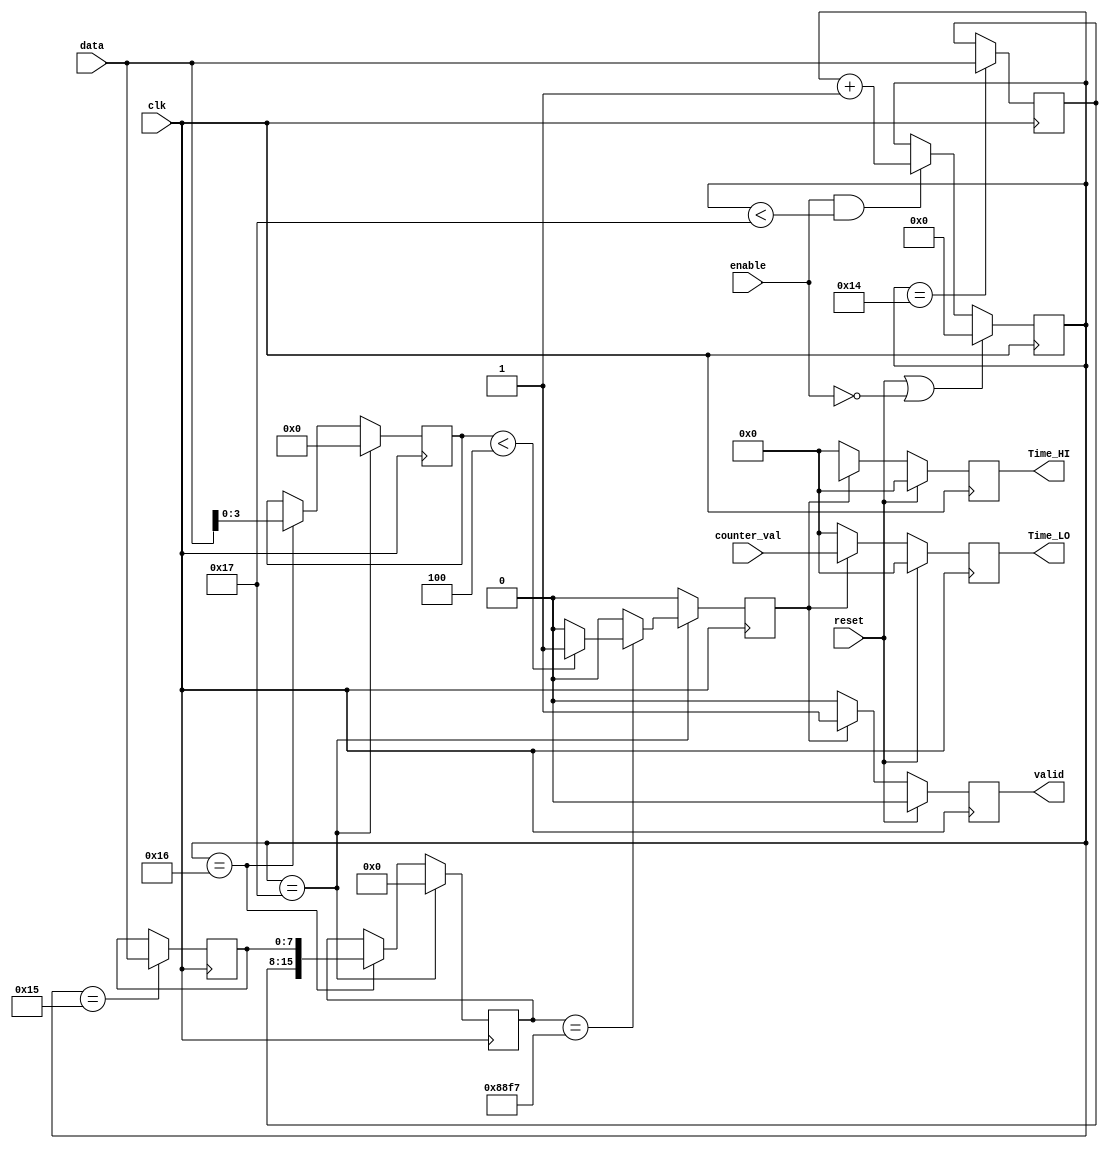
///////////////////////////////////////////////////////////////////////////////
// vim:set shiftwidth=3 softtabstop=3 expandtab:
// $Id: mac_grp_time_stamp.v 3684 2008-05-05 06:55:10Z grg $
//
// Module: mac_grp_time_stamp.v
// Project: NetFPGA Rev 2.1
// Description: Module that performs time stamping on received packets
//
///////////////////////////////////////////////////////////////////////////////

  module mac_grp_time_stamp
    #(parameter DATA_WIDTH = 64,
      parameter CTRL_WIDTH=DATA_WIDTH/8,
      parameter ENABLE_HEADER = 0,
      parameter STAGE_NUMBER = 'hff,
      parameter PORT_NUMBER = 0,
      parameter COUNTER_WIDTH = 32
      )


   (// RX packet
    input [7:0]                      data,
    input                            enable,

    input [COUNTER_WIDTH-1:0]        counter_val,


    // output time stamps
    output reg [31:0]                Time_HI,
    output reg [31:0]                Time_LO,
    output reg                       valid,


    // misc
    input                            reset,
    input                            clk
    );


   reg 				     valid_ptp;
   reg [6:0] 			     byte_counter;
   reg [7:0] 			     eth_lo, eth_hi;
   reg [15:0] 			     eth_type;
   reg [3:0] 			     first_byte_header;

   localparam eth_loc = 23;



   always @(posedge clk)
     begin
	if (reset) begin
	   Time_HI <= 0;
	   Time_LO <= 0;
	   valid <= 0;
	end
	else begin
	   if (valid_ptp) begin
	      Time_HI <= counter_val[63:32];
	      Time_LO <= counter_val[31:0];
	      valid <= 1;
	   end
	   else
	     begin
		Time_HI <= 0;
		Time_LO <= 0;
		valid <= 0;
	     end
	end // else: !if(reset)
     end // always


   always @(posedge clk)
     begin
	if (reset || !enable)
	  byte_counter <= 0;
	else if(enable && byte_counter < eth_loc)
	  byte_counter <= byte_counter + 1;
	else
	  byte_counter <= byte_counter;


     end

    always @(posedge clk)
      begin

	  if (byte_counter == eth_loc-3)
	    eth_lo <= data;
	  else
	    eth_lo <= eth_lo;

	  if (byte_counter == eth_loc-2)
	    eth_hi <= data;
	  else
	    eth_hi <= eth_hi;

	  if (byte_counter == eth_loc-1)
	    begin
	       first_byte_header <= data;
	       eth_type <= {eth_lo, eth_hi};
	    end

	  if (byte_counter == eth_loc)
	    begin
	    if (eth_type == 'h88F7)
	      begin
		 if(first_byte_header[3:0] < 4)
		   valid_ptp = 1;
		 else
		   valid_ptp = 0;
	      end
	    else
	      valid_ptp = 0;
	       first_byte_header <= 0;
	       eth_type <= 0;
	    end
	  else
	    valid_ptp = 0;



       end // always @ (*)




endmodule // mac_grp_time_stamp